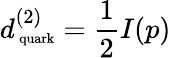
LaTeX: d_{\mathrm{\scriptsize~quark}}^{(2)}=\frac 12I(p)